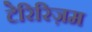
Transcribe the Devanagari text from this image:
टेरिरिज़म